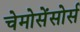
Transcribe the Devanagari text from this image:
चेमोसेंसोर्स